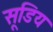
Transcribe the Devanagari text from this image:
सूडिय